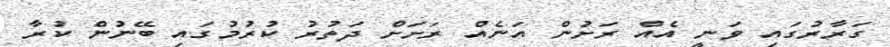
ގަރާރުގައި ވަނީ އެއް ރަށުން އަނެއް ރަށަށް ދަތުރު ކުރުމުގައި ބޭނުން ކުރާ